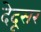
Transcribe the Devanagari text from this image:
देदूसर